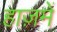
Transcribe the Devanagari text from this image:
हाज़में